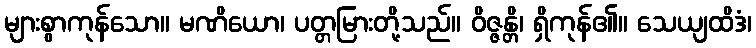
များစွာကုန်သော။ မဏိယော၊ ပတ္တမြားတို့သည်။ ဝိဇ္ဇန္တိ၊ ရှိကုန်၏။ သေယျထိဒံ၊